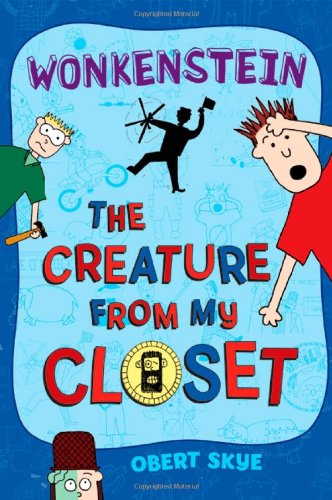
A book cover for Wonkenstein (The Creature from My Closet, No. 1); Obert Skye; Children's Books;